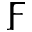
\digamma